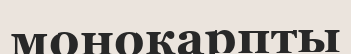
монокарпты